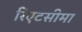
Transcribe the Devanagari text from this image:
रिएटसीमा